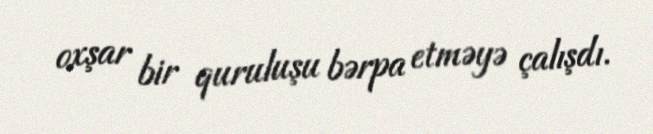
oxşar bir quruluşu bərpa etməyə çalışdı.